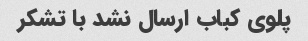
پلوی کباب ارسال نشد با تشکر